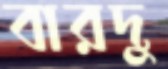
বারদু